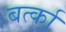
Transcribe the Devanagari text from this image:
बर्त्का